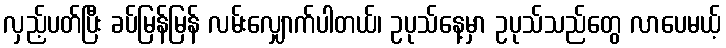
လှည့်ပတ်ပြီး ခပ်မြန်မြန် လမ်းလျှောက်ပါတယ်၊ ဥပုသ်နေ့မှာ ဥပုသ်သည်တွေ လာပေမယ့်